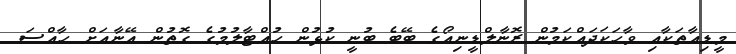
މީޑިއާތަކާއި ވާހަކަދައްކަމުން ރޮނާލްޑީނިއޯގެ ބޭބެ ބުނީ ކުޅުން ހުއްޓާލުމުގެ ގޮތުން އޭނާއަށް ހާއްސަ